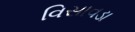
વિસાવડા